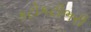
કટોકટીભરી